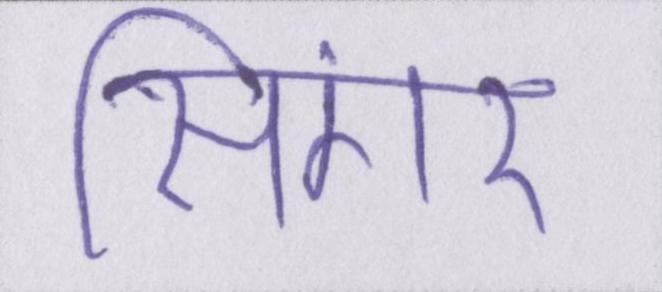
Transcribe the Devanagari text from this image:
सिंगर